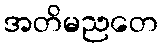
အတိမညတေ